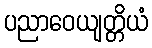
ပညာဝေယျတ္တိယံ